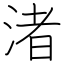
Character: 渚